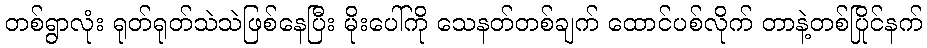
တစ်ရွာလုံး ရုတ်ရုတ်သဲသဲဖြစ်နေပြီး မိုးပေါ်ကို သေနတ်တစ်ချက် ထောင်ပစ်လိုက် တာနဲ့တစ်ပြိုင်နက်